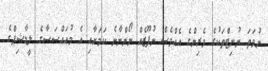
ނުވަތަ ޔުނިޓްތަކުގެ ވެރިންގެ އެއްވެސް ނުފޫޒެއް ނޯންނާނެ ކަމަށާއި އެ މުއައްސަސާގެ ލީޑާޝިޕްގެ